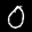
Label: 0